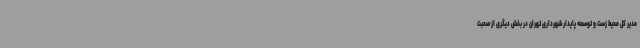
مدیر کل محیط زست و توسعه پایدار شهرداری تهران در بخش دیگری از صحبت